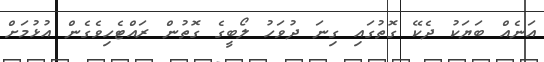
އަނެއް ބަޔަކު ދެކޭ ގޮތުގައި ގިނަ ދުވަހު ލޯބީގެ ގޮތުން ރައްޓެހިވެގެން އުޅުމަށް